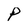
Character: P